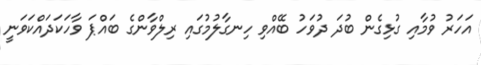
އަހަރު ވުމާއި ގުޅިގެން ބުދަ ދުވަހު ބޭއްވި ހިނގާލުމުގައި ރިލްވާންގެ ބައްޕަ ވާހަކަދައްކަވަނީ